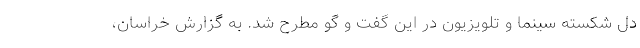
دل شکسته سینما و تلویزیون در این گفت و گو مطرح شد. به گزارش خراسان،